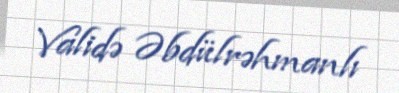
Validə Əbdülrəhmanlı